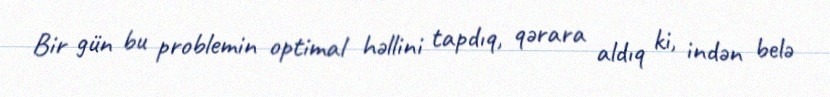
Bir gün bu problemin optimal həllini tapdıq, qərara aldıq ki, indən belə